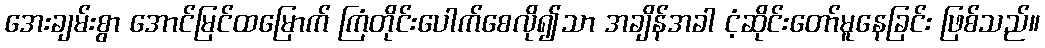
အေးချမ်းစွာ အောင်မြင်ထမြောက် ကြံတိုင်းပေါက်စေလို၍သာ အချိန်အခါ ငံ့ဆိုင်းတော်မူနေခြင်း ဖြစ်သည်။